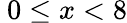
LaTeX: \ 0\leq x<8